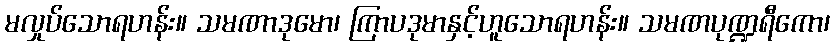
မလှုပ်သောရဟန်း။ သမဏာဒုမော၊ ကြာပဒုမာနှင့်ဟူသောရဟန်း။ သမဏပုဏ္ဍရီကော၊